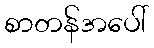
စာတန်အပေါ်